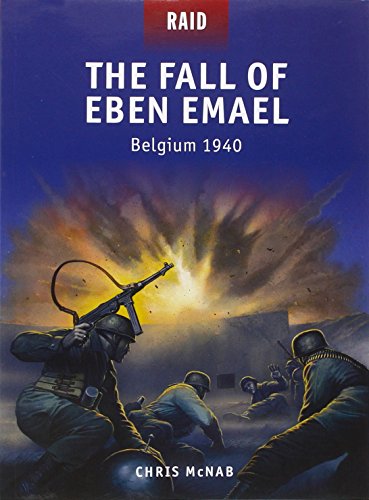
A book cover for The Fall of Eben Emael - Belgium 1940 (Raid); Chris McNab; History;